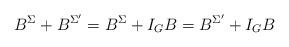
LaTeX: \begin{align*}B^{\Sigma} + B^{\Sigma'} = B^{\Sigma} + I_{G}B = B^{\Sigma'} + I_{G}B\end{align*}